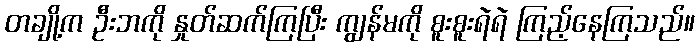
တချို့က ဦးဘကို နှုတ်ဆက်ကြပြီး ကျွန်မကို စူးစူးရဲရဲ ကြည့်နေကြသည်။